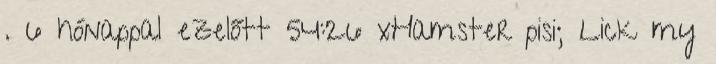
. 6 hónappal ezelőtt 54:26 xHamster pisi; Lick my